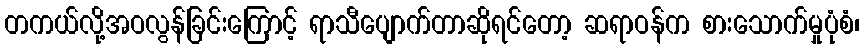
တကယ်လို့အဝလွန်ခြင်းကြောင့် ရာသီပျောက်တာဆိုရင်တော့ ဆရာဝန်က စားသောက်မှုပုံစံ၊